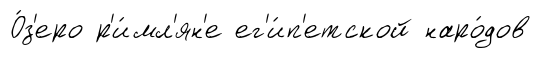
О́з'еро р'и́мл'ян'е ег'и́п'етской наро́дов